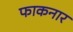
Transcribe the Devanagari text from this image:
फाकनार